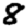
Digit: 8